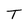
Character: T